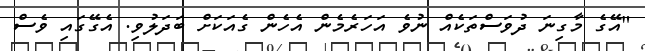
"އޭގެ މާގިނަ ދުވަސްތަކެއް ނުވެ އަހަރެމެން އެހެން ގެއަކަށް ބަދަލުވި. އެގޭގައި ވެސް